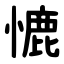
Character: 㦇